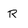
Character: r